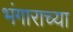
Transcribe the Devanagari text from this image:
भंगाराच्या